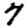
Digit: 7